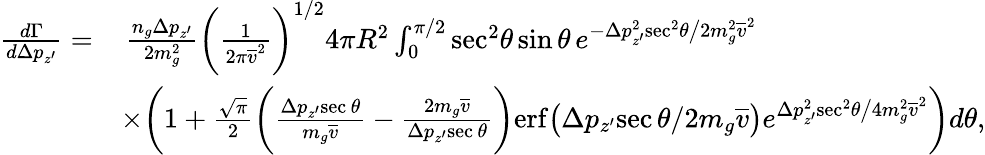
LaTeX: \begin{array}{rl}{\frac{d\Gamma}{d\Delta p_{z^{\prime}}}=}&{\, \frac{n_{g}\Delta p_{z^{\prime}}}{2m_{g}^{2}}\bigg(\frac{1}{2\pi\overline{{v}}^{2}}\bigg)^{1/2}4\pi R^{2}\int_{0}^{\pi/2}\mathrm{sec}^{2}\theta\, \mathrm{sin}\, \theta\, e^{-\Delta p_{z^{\prime}}^{2}\mathrm{sec}^{2}\theta\big/2m_{g}^{2}\overline{{v}}^{2}}}\\ &{\times\bigg(1+\frac{\sqrt{\pi}}{2}\bigg(\frac{\Delta p_{z^{\prime}}\mathrm{sec}\, \theta}{m_{g}\overline{{v}}}-\frac{2m_{g}\overline{{v}}}{\Delta p_{z^{\prime}}\mathrm{sec}\, \theta}\bigg)\mathrm{erf}\big(\Delta p_{z^{\prime}}\mathrm{sec}\, \theta/2m_{g}\overline{{v}}\big)e^{\Delta p_{z^{\prime}}^{2}\mathrm{sec}^{2}\theta\big/4m_{g}^{2}\overline{{v}}^{2}}\bigg)d\theta,}\end{array}